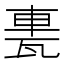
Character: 𨋐